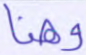
وهنا